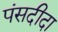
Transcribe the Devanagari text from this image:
पंसदीदा